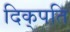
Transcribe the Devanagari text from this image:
दिक्‌पति